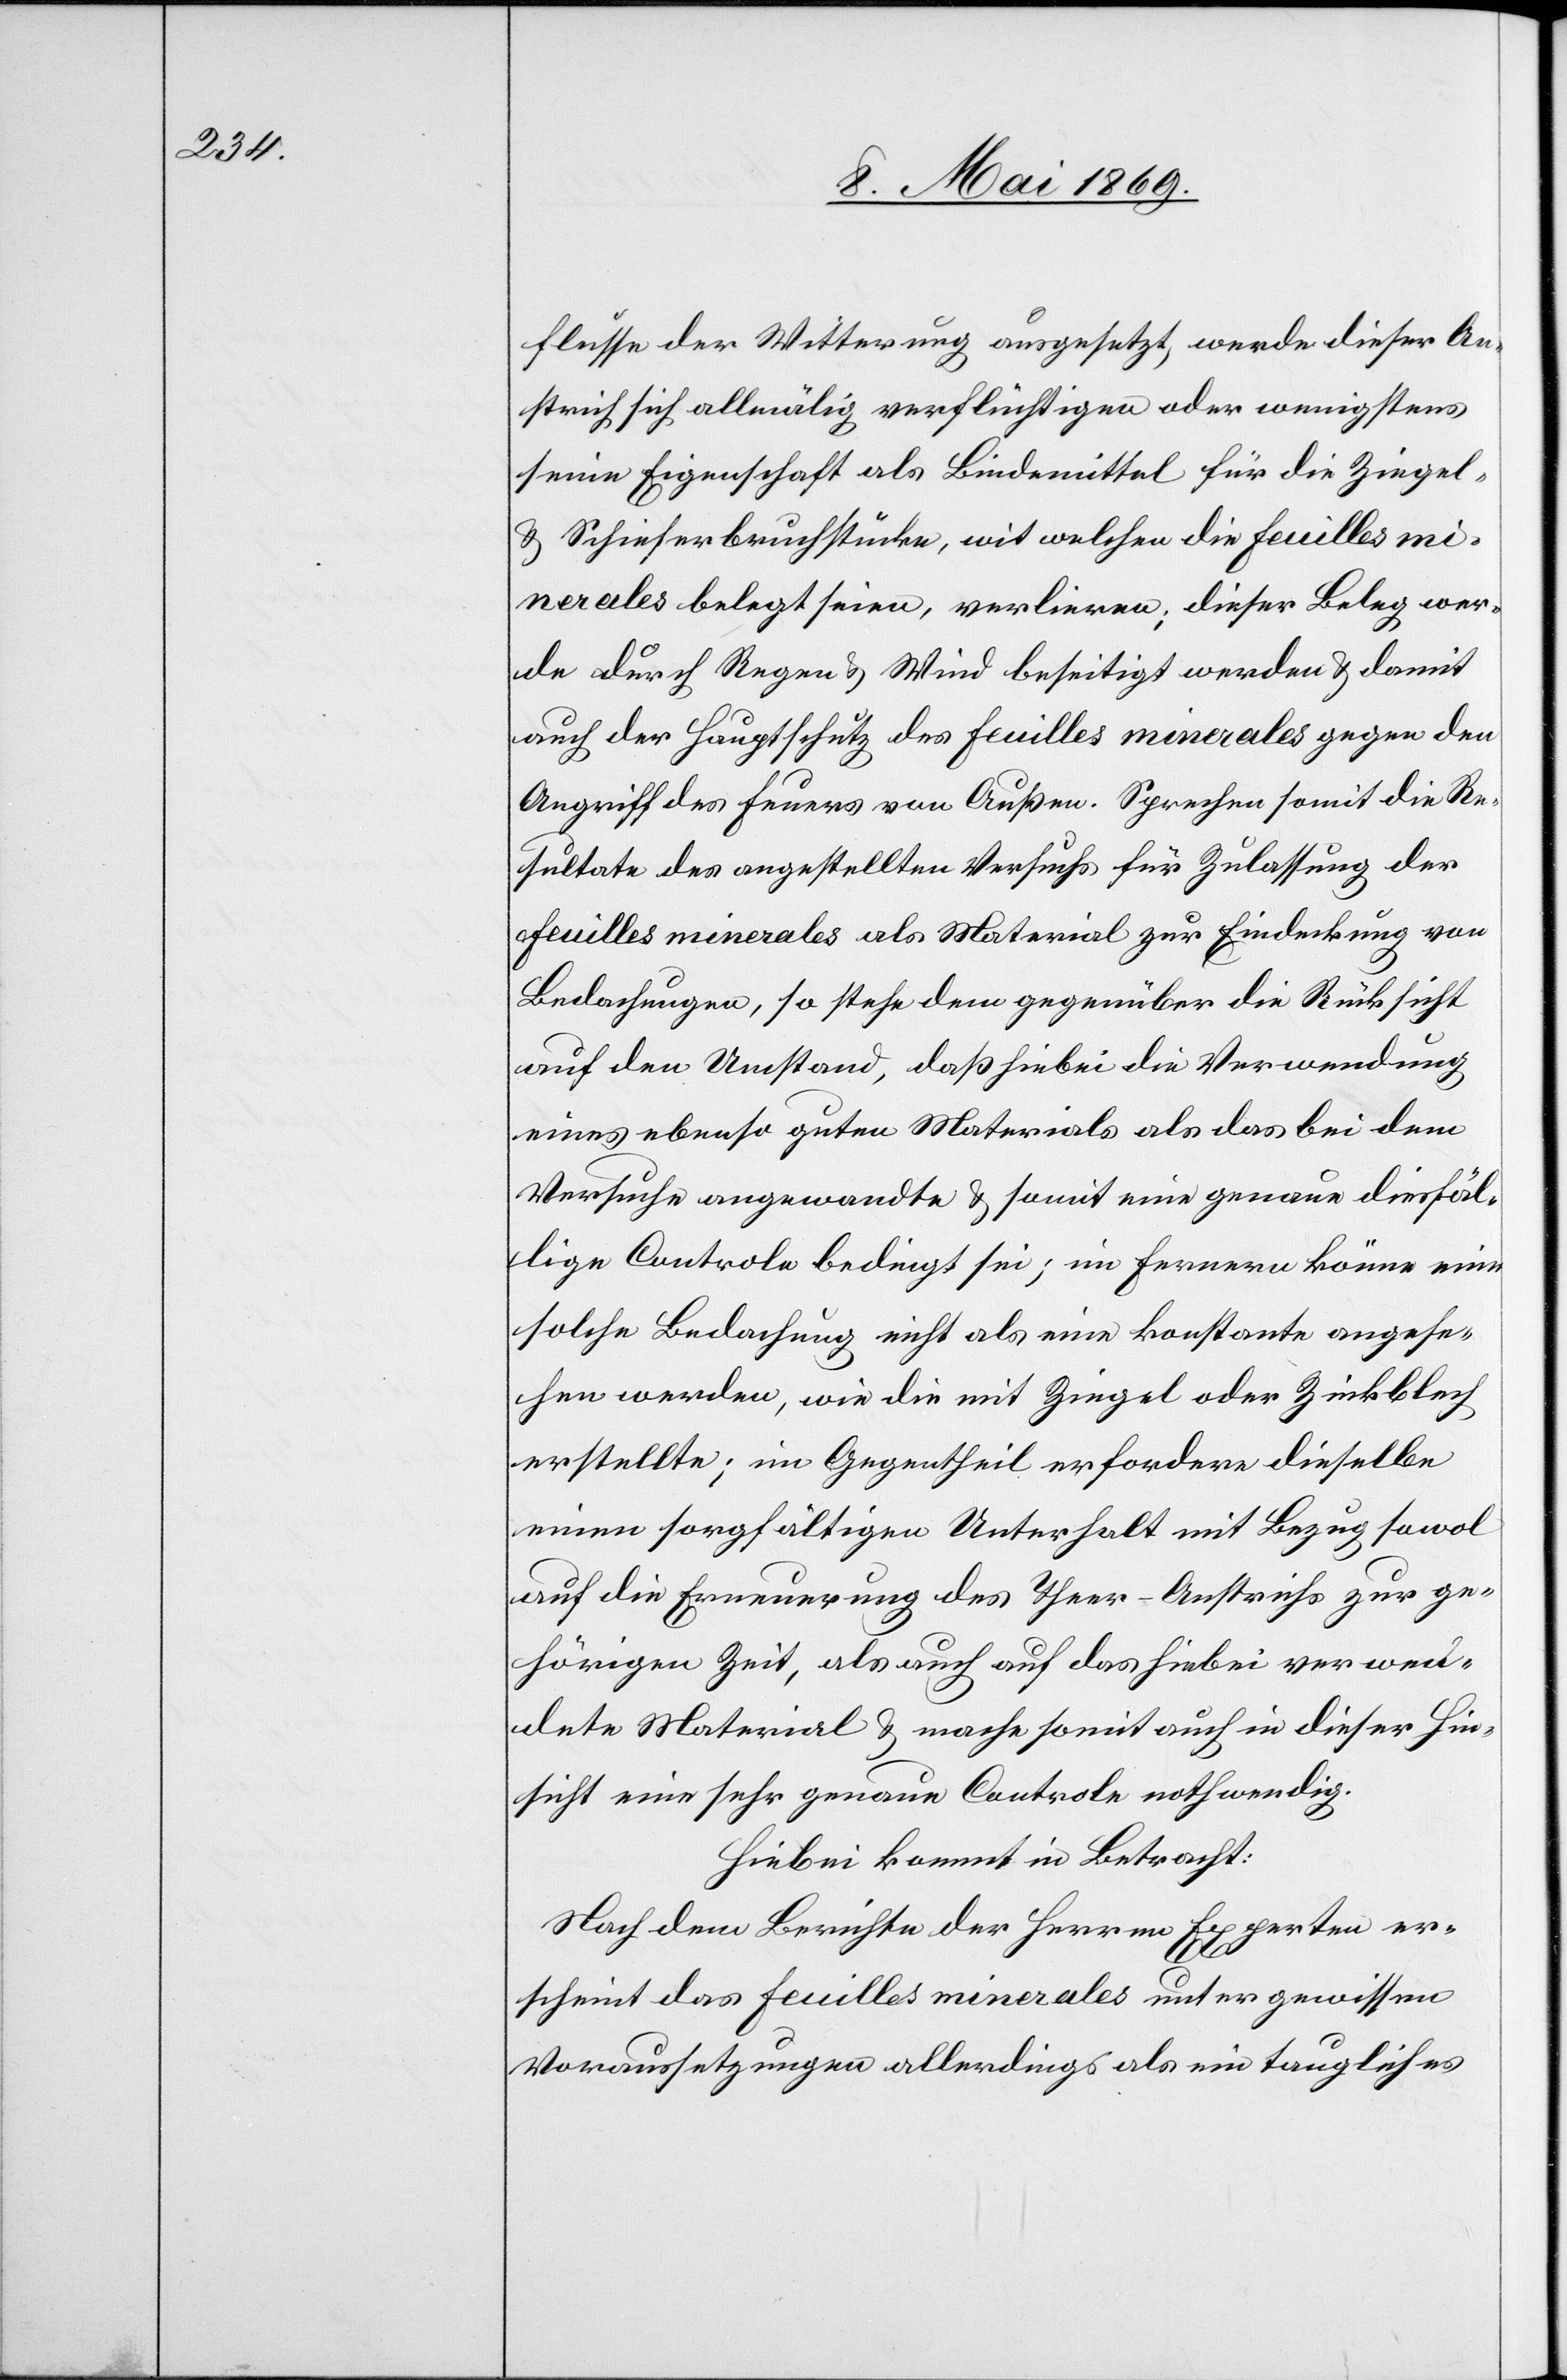
flusse der Witterung ausgesetzt, werde dieser An¬
strich sich allmälig verflüchtigen oder wenigstens
seine Eigenschaft als Bindemittel für die Ziegel-
u. Schieferbruchstücke, mit welchen die feuilles mi¬
nerales belegt seien, verlieren; dieser Beleg wer¬
de durch Regen u. Wind beseitigt werden u. damit
auch der Hauptschutz des feuilles minerales gegen den
Angriff des Feuers von Außen. Sprechen somit die Re¬
sultate des angestellten Versuchs für Zulassung der
feuilles minerales als Material zur Eindeckung von
Bedachungen, so stehe dem gegenüber die Rücksicht
auf den Umstand, daß hiebei die Verwendung
eines ebenso guten Materials als das bei dem
Versuche angewandte u. somit eine genaue diesfäl¬
lige Controle bedingt sei; im Fernern könne eine
solche Bedachung nicht als eine konstante angese¬
hen werden, wie die mit Ziegel oder Zinkblech
erstellte; im Gegentheil erfordere dieselbe
einen sorgfältigen Unterhalt mit Bezug sowol
auf die Erneuerung des Theer-Anstrichs zur ge¬
hörigen Zeit, als auch auf das hiebei verwen¬
dete Material u. mache somit auch in dieser Hin¬
sicht eine sehr genaue Controle nothwendig.
Hiebei kommt in Betracht:
Nach dem Berichte der Herren Experten er¬
scheint das feuilles minerales unter gewissen
Voraussetzungen allerdings als ein taugliches